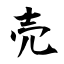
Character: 売